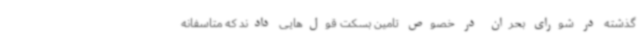
گذشته در شورای بحران در خصوص تامین بسکت قول‌هایی دادند که متاسفانه